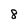
Character: 8